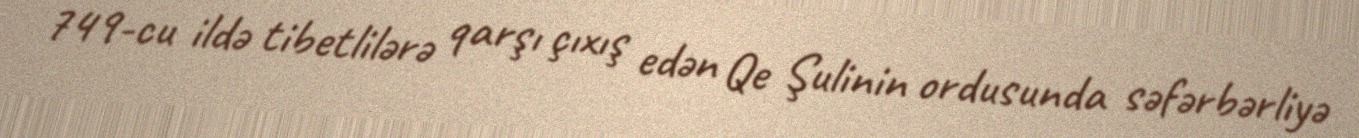
749-cu ildə tibetlilərə qarşı çıxış edən Qe Şulinin ordusunda səfərbərliyə